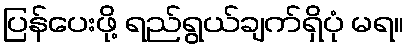
ပြန်ပေးဖို့ ရည်ရွယ်ချက်ရှိပုံ မရ။